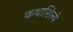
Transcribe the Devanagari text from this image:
कथाशिल्पे